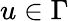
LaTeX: u\in\Gamma